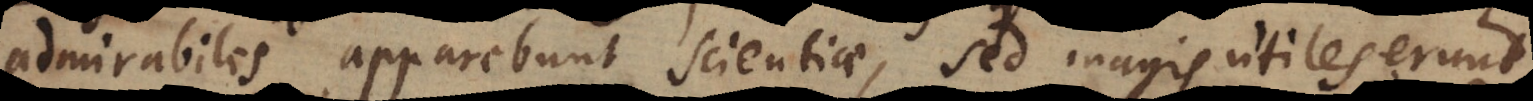
admirabiles apparebunt scientiae, sed magis utiles erunt